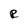
Character: R